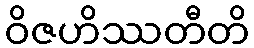
ဝိဇဟိဿတီတိ